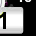
Digit: 1